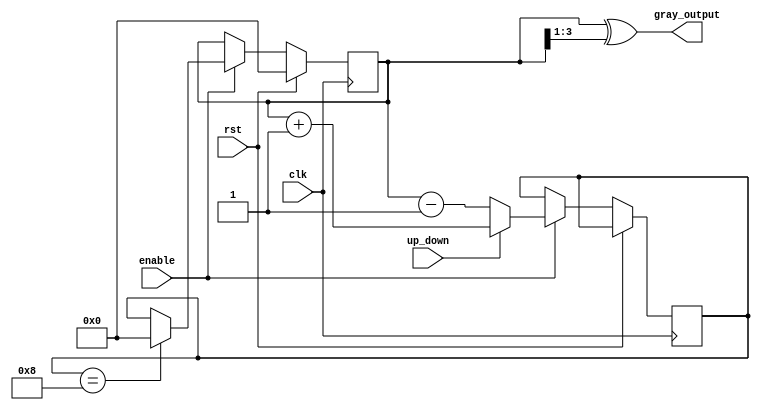
module gray_counter (
    input wire clk,
    input wire rst,
    input wire enable,
    input wire up_down,
    output reg [3:0] gray_output
);

reg [3:0] counter;
reg [3:0] next_counter;

assign gray_output = counter ^ (counter >> 1);

always @(posedge clk) begin
    if (rst) begin
        counter <= 4'b0000;
    end else if (enable) begin
        if (up_down) begin
            next_counter <= counter + 1;
        end else begin
            next_counter <= counter - 1;
        end
        
        if (next_counter == 4'b1000) begin
            counter <= 4'b0000;
        end else if (next_counter == -1) begin
            counter <= 4'b1111;
        end else begin
            counter <= next_counter;
        end
    end
end

endmodule